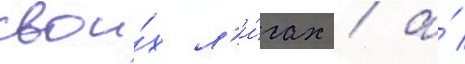
свои́х л'и́гах / а́